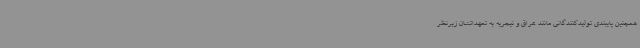
همچنین پایبندی تولیدکنندگانی مانند عراق و نیجریه به تعهداتشان زیرنظر